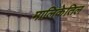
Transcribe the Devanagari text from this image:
मालिकेतिल